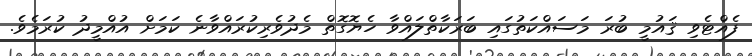
ފެއްޓެވި ޤައުމީ ބުރަ މަސައްކަތުގައި ބަރަކާތްލައްވާ ހެޔޮގޮތް މެދުވެރިކުރައްވާނެ ކަމަށް އުއްމީދު ކުރަމެވެ.